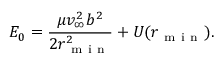
E _ { 0 } = \frac { \mu v _ { \infty } ^ { 2 } b ^ { 2 } } { 2 r _ { \mathrm { ~ m ~ i ~ n ~ } } ^ { 2 } } + U ( r _ { \mathrm { ~ m ~ i ~ n ~ } } ) .